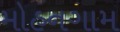
મોહનગામ